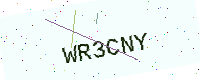
Text: WR3CNY